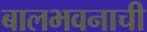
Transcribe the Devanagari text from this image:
बालभवनाची